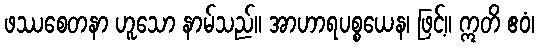
ဖဿစေတနာ ဟူသော နာမ်သည်။ အာဟာရပစ္စယေန၊ ဖြင့်။ ဣတိ ဧဝံ၊